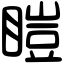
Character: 䁗